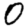
Digit: 0